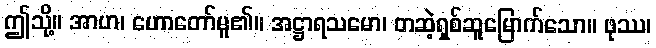
ဤသို့။ အာဟ၊ ဟောတော်မူ၏။ အဋ္ဌာရသမော၊ တဆဲ့ရှစ်ဆူမြောက်သော။ ဖုဿ၊